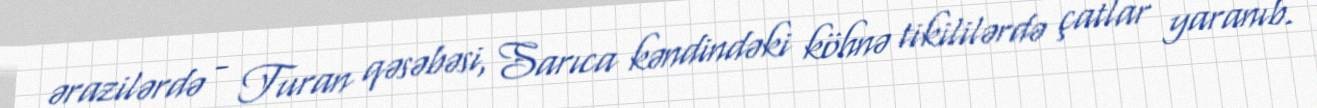
ərazilərdə - Turan qəsəbəsi, Sarıca kəndindəki köhnə tikililərdə çatlar yaranıb.